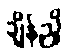
ချိန်ညှိ